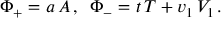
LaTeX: \Phi _ { + } = a \, A \, , \, \, \, \Phi _ { - } = t \, T + v _ { 1 } \, V _ { 1 } \, .